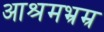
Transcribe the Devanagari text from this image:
आश्रमभ्रम्र